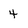
Character: 4